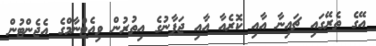
އޭގެ ތެރޭގައި ޗައިނާ އާއި ކޮރެއާ އާއި ޖަޕާނުގެ އިތުރުން ވިއެޓްނާމްގެ އެޖެންޓުން